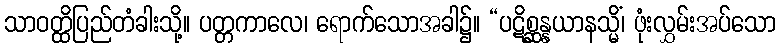
သာဝတ္ထိပြည်တံခါးသို့။ ပတ္တကာလေ၊ ရောက်သောအခါ၌။ “ပဋိစ္ဆန္နယာနသ္မိံ၊ ဖုံးလွှမ်းအပ်သော